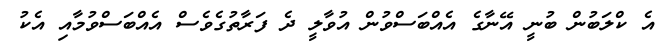
އެ ކްލަބުން ބުނީ އޭނާގެ އެއްބަސްވުން އުވާލީ ދެ ފަރާތުގެވެސް އެއްބަސްވުމާއި އެކު